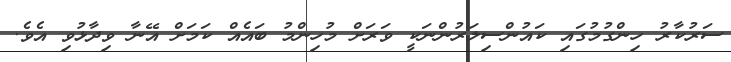
ސަރުކާރު ހިންގުމުގައި ކައުންސިލަރުންނަކީ ވަރަށް މުހިންމު ބައެއް ކަމަށް އޭނާ ވިދާޅުވި އެވެ.